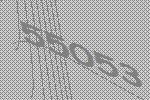
55053